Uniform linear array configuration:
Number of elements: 12
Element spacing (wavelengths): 1
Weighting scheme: uniform
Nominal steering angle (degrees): -15
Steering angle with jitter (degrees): -15.889
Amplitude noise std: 0.05
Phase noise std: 0.05

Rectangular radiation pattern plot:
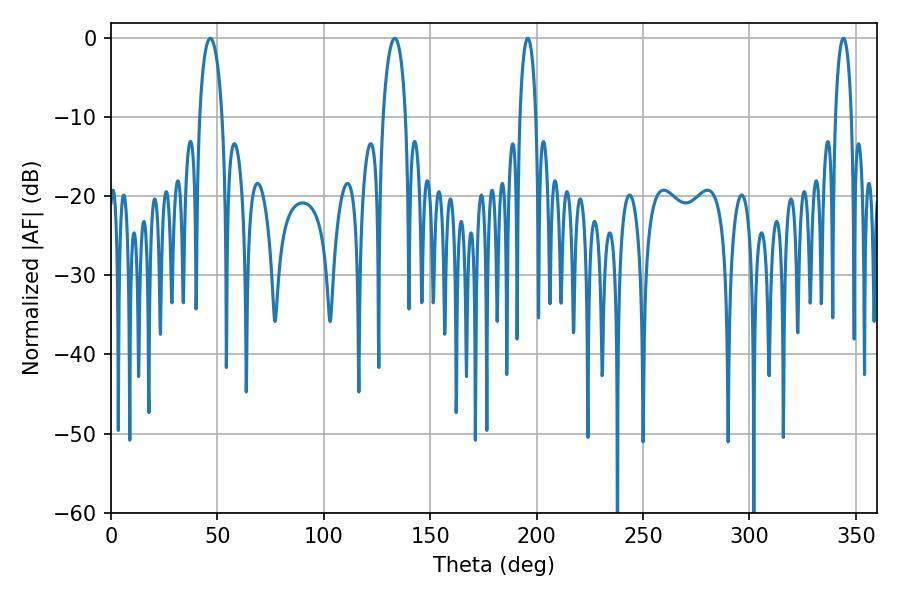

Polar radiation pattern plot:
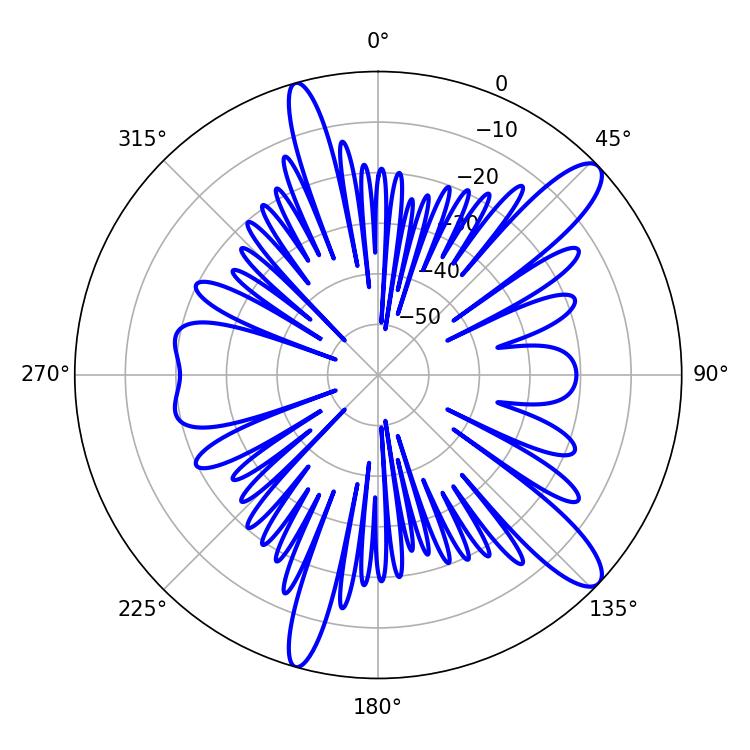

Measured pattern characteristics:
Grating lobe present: TRUE
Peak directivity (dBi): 12.127
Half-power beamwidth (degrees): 4.32
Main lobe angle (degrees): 195.84